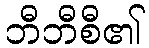
ဘီဘီစီ၏